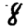
Digit: 8